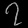
Digit: ၇